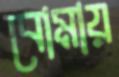
বোমায়